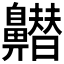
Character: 𪖽